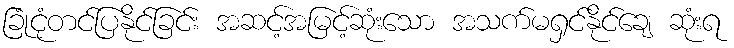
ခြုံငုံတင်ပြနိုင်ခြင်း အဆင့်အမြင့်ဆုံးသော အသက်မရှင်နိုင်ချေ ဆုံးရ